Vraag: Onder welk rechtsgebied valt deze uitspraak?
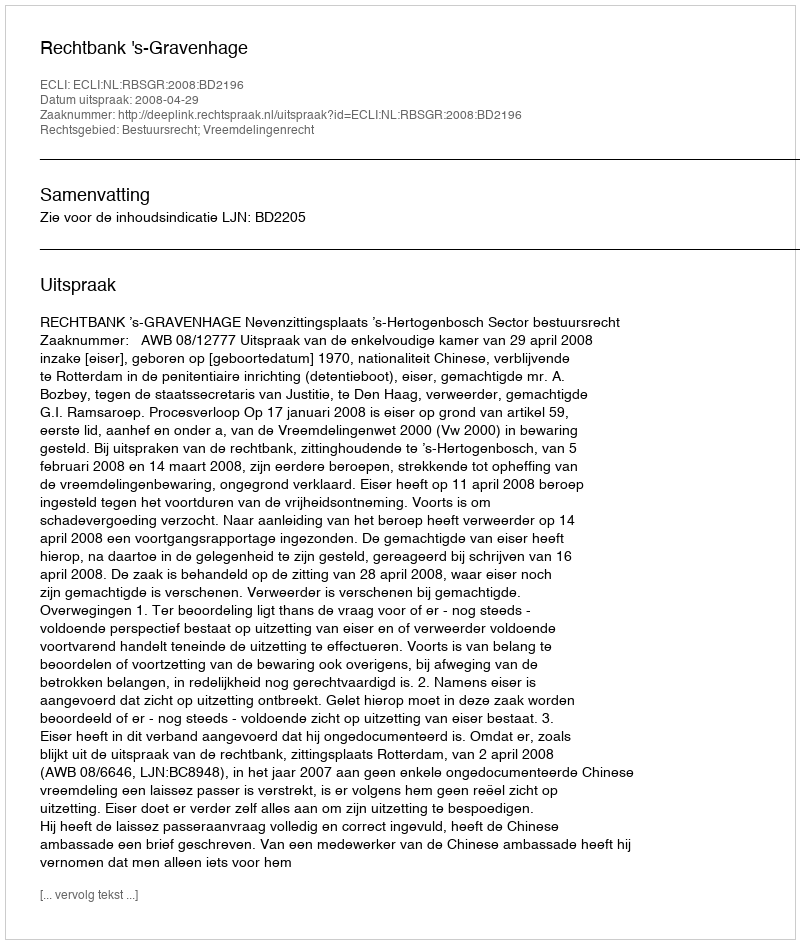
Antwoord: Bestuursrecht; Vreemdelingenrecht